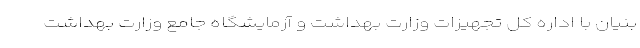
بنیان با اداره کل تجهیزات وزارت بهداشت و آزمایشگاه جامع وزارت بهداشت